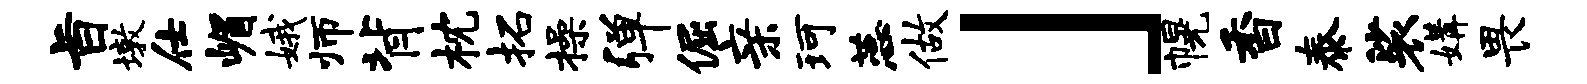
旨墩仕嵋娥师背枕拓操弹倔亲珂蕊做」幌香泰裟媾畏